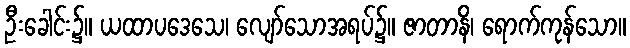
ဦးခေါင်း၌။ ယထာပဒေသေ၊ လျော်သောအရပ်၌။ ဇာတာနိ၊ ရောက်ကုန်သော။